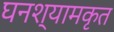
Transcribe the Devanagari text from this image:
घनश्यामकृत